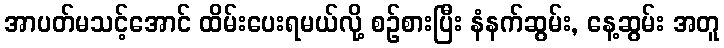
အာပတ်မသင့်အောင် ထိမ်းပေးရမယ်လို့ စဉ်စားပြီး နံနက်ဆွမ်း, နေ့ဆွမ်း အတူ